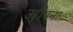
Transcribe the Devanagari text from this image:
उद्दीपना